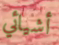
أشيائي